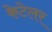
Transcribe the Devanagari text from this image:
केटेलर